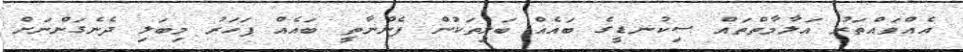
އެއްވައްތަރު އަލާމާތްތައް ސިކުނޑީގެ ބައެއް ބަލިތަކުން ފެންނާތީ ބައެއް ފަހަރު މިބަލި ދެނެގަންނަށް